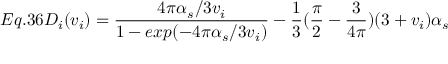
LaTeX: E q . 3 6 { \cal { D } } _ { i } ( v _ { i } ) = \frac { 4 \pi \alpha _ { s } / 3 v _ { i } } { 1 - e x p ( - 4 \pi \alpha _ { s } / 3 v _ { i } ) } - \frac { 1 } { 3 } ( \frac { \pi } { 2 } - \frac { 3 } { 4 \pi } ) ( 3 + v _ { i } ) \alpha _ { s }